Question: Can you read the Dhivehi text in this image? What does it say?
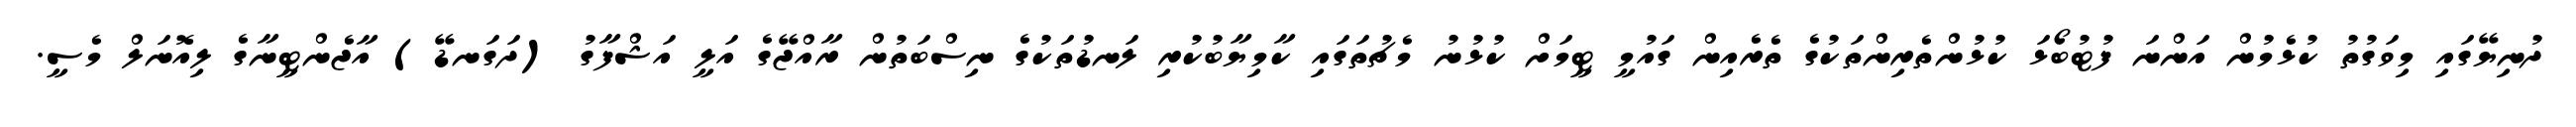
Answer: ދުނިޔޭގައި މިވަގުތު ކުޅެމުން އަންނަ ފުޓުބޯޅަ ކުޅުންތެރިންތަކުގެ ތެރެއިން ގައުމީ ޓީމަށް ކުޅުނު މެޗުތަގައި ކާމިޔާބުކުރި ލަނޑުތަކުގެ ނިސްބަތުން ރާއްޖޭގެ އަލީ އަޝްފާގު (ދަގަނޑޭ) އާޖެންޓީނާގެ ލިއޮނަލް މެސީ.